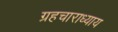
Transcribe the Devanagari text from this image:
ग्रहचाराध्याय